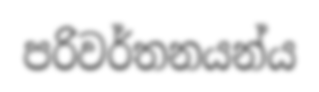
පරිවර්තනයන්ය